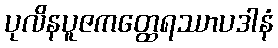
ပုလိနပူဇကတ္ထေရဿာပဒါနံ